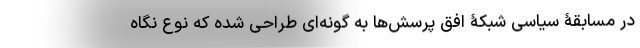
در مسابقۀ سیاسی شبکۀ افق پرسش‌ها به گونه‌ای طراحی شده که نوع نگاه